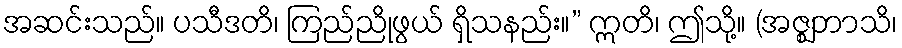
အဆင်းသည်။ ပသီဒတိ၊ ကြည်ညိုဖွယ် ရှိသနည်း။” ဣတိ၊ ဤသို့။ (အဇ္ဈဘာသိ၊